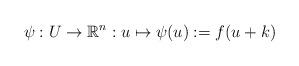
LaTeX: \begin{align*}\psi : U\rightarrow \mathbb{R}^n: u\mapsto \psi(u):=f(u+k) \end{align*}